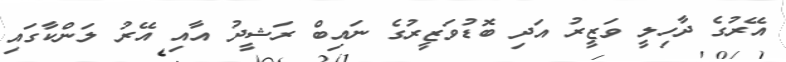
އޭރުގެ ދާހިލީ ވަޒީރު އަދި ބޮޑުވަޒީރުގެ ނައިބް ރަޝީދު އާއި އޭރު ލަންކާގައި